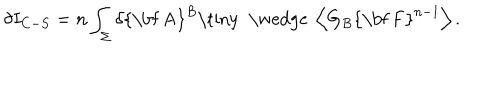
\delta I _ { C - S } = n \int _ { \Sigma } \delta \mathrm { { \bf ~ A } } ^ { B } \mathrm { \tiny ~ \wedge ~ } \left\langle G _ { B } \mathrm { { \bf ~ F } } ^ { n - 1 } \right\rangle .